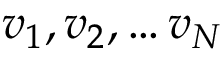
v _ { 1 } , v _ { 2 } , \ldots v _ { N }